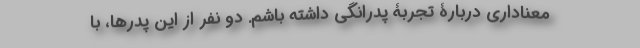
معناداری دربارۀ تجربۀ پدرانگی داشته باشم. دو نفر از این پدرها، با